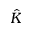
\hat { K }